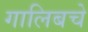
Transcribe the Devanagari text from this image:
गालिबचे